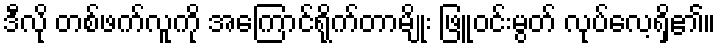
ဒီလို တစ်ဖက်လူကို အကြောင်ရိုက်တာမျိုး ဖြူဝင်းမွတ် လုပ်လေ့ရှိ၏။